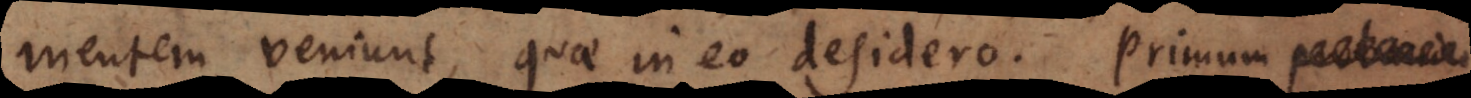
mentem veniunt, quae in eo desidero. Primum proband